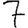
Digit: 7